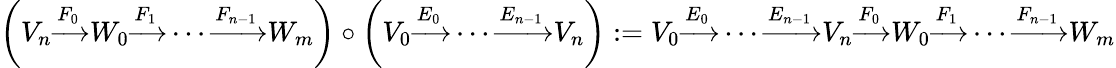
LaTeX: \left(V_{n}{\xrightarrow{F_{0}}}W_{0}{\xrightarrow{F_{1}}}\cdots{\xrightarrow{F_{n-1}}}W_{m}\right)\circ\left(V_{0}{\xrightarrow{E_{0}}}\cdots{\xrightarrow{E_{n-1}}}V_{n}\right):=V_{0}{\xrightarrow{E_{0}}}\cdots{\xrightarrow{E_{n-1}}}V_{n}{\xrightarrow{F_{0}}}W_{0}{\xrightarrow{F_{1}}}\cdots{\xrightarrow{F_{n-1}}}W_{m}